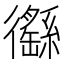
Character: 𢖟